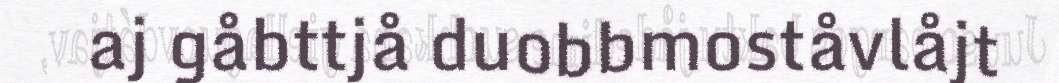
aj gåbttjå duobbmoståvlåjt